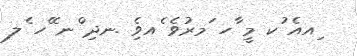
ިއއެ ުކ މީ ާހ ަމރުވެ ެއވެި .ނދި ްނ ޭހ ެލ